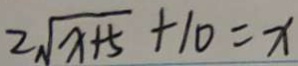
2 \sqrt { x + 5 } + 1 0 = x